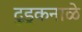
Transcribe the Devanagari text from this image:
दुडूकनाळे